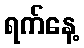
ရက်နေ့